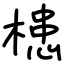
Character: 槵